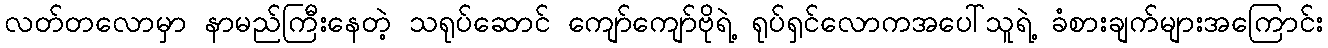
လတ်တလောမှာ နာမည်ကြီးနေတဲ့ သရုပ်ဆောင် ကျော်ကျော်ဗိုရဲ့ ရုပ်ရှင်လောကအပေါ်သူရဲ့ ခံစားချက်များအကြောင်း